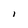
Character: I